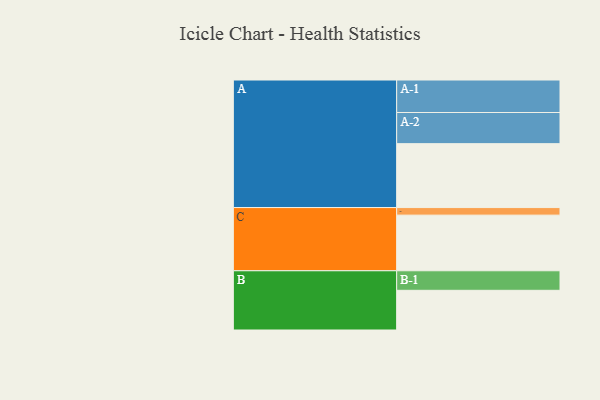
{"axis": {"x": "Segment", "y": "Value"}, "legend": ["", "A", "B", "C"], "data": [{"x": "A", "y": 533, "type": ""}, {"x": "B", "y": 331, "type": ""}, {"x": "C", "y": 464, "type": ""}, {"x": "A-1", "y": 271, "type": "A"}, {"x": "A-2", "y": 260, "type": "A"}, {"x": "B-1", "y": 163, "type": "B"}, {"x": "C-1", "y": 63, "type": "C"}]}